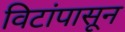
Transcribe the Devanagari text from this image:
विटांपासून